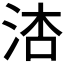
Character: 𪵾